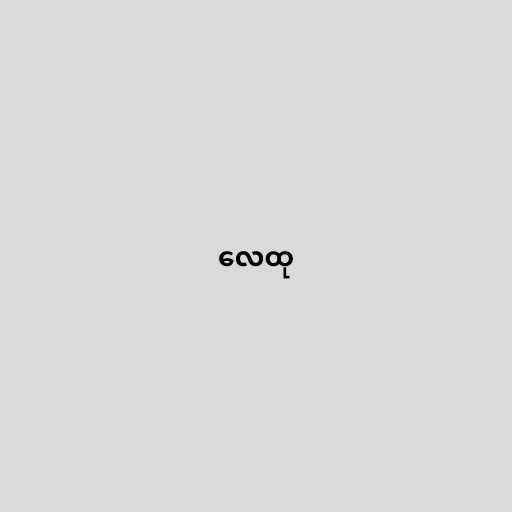
လေထု